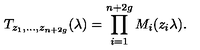
T _ { z _ { 1 } , \dots , z _ { n + 2 g } } ( \lambda ) = \prod _ { i = 1 } ^ { n + 2 g } { M _ { i } ( z _ { i } \lambda ) } .